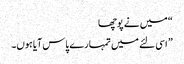
“ میں نے پوچھا
” اسی لئے میں تمہارے پاس آیا ہوں۔